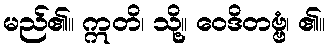
မည်၏။ ဣတိ၊ သို့။ ဝေဒိတဗ္ဗံ၊ ၏။